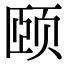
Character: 颐